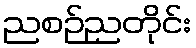
ညစဉ်ညတိုင်း